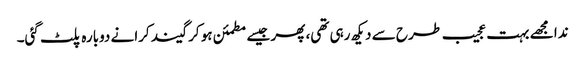
ندا مجھے بہت عجیب طرح سے دیکھ رہی تھی، پھر جیسے مطمئن ہو کر گیند کرانے دوبارہ پلٹ گئی۔